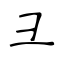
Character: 彐